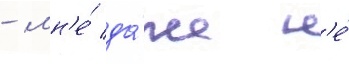
- мн'е́ да́же н'е́